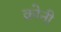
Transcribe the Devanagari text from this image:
क्रोनी